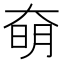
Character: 奛